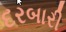
દરબારી